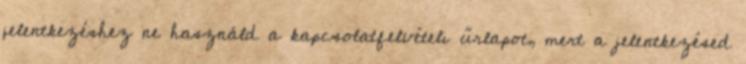
jelentkezéshez ne használd a kapcsolatfelvételi űrlapot, mert a jelentkezésed